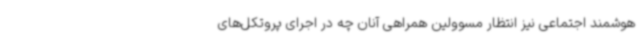
هوشمند اجتماعی نیز انتظار مسوولین همراهی آنان چه در اجرای پروتکل‌های